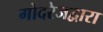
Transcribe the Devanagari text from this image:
गोदरेजद्वारा